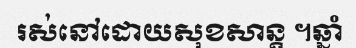
រស់នៅដោយសុខសាន្ត ។ឆ្នាំ